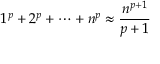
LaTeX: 1 ^ { p } + 2 ^ { p } + \cdots + n ^ { p } \approx { \frac { n ^ { p + 1 } } { p + 1 } }